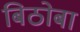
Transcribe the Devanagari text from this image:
बिठोबा